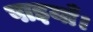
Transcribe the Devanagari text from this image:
पाइयाँ।